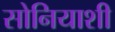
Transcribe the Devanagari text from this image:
सोनियाशी